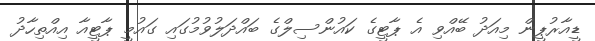
ޑީއާރުޕީން މިއަދު ބޭއްވި އެ ޕާޓީގެ ކައުންސިލްގެ ބައްދަލުވުމުގައި ގައުމީ ޕާޓީއާ އިއްތިހާދު